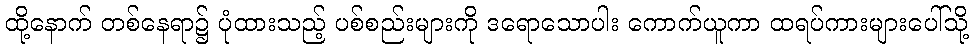
ထို့နောက် တစ်နေရာ၌ ပုံထားသည့် ပစ်စည်းများကို ဒရောသောပါး ကောက်ယူကာ ထရပ်ကားများပေါ်သို့